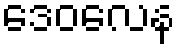
ဒေဝလေန